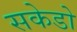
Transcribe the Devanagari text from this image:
सकेडो